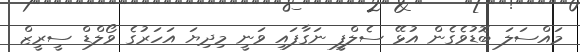
މައްސަލަ ބޮޑުވެގެން އުޅޭ ސެލްފީ ނަގާފައި ވަނީ މިދިޔަ އަހަރުގެ ވޯލްޑް ސީރީޒް